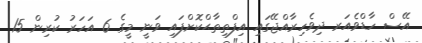
އޭސް ހާޑްވެއަރ ދިވެހިރާއްޖޭގައި އިފްތިތާޙްކޮށްފައި ވަނީ މީގެ 6 އަހަރު ކުރިން 15